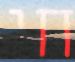
חי